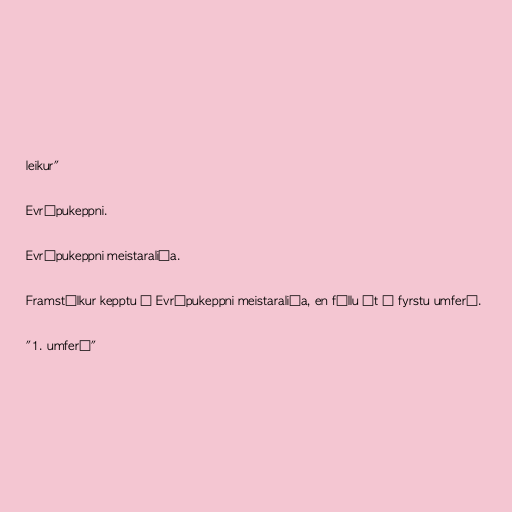
leikur"

Evrópukeppni.

Evrópukeppni meistaraliða.

Framstúlkur kepptu í Evrópukeppni meistaraliða, en féllu út í fyrstu umferð.

"1. umferð"